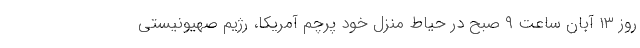
روز ۱۳ آبان ساعت ۹ صبح در حیاط منزل خود پرچم آمریکا، رژیم صهیونیستی